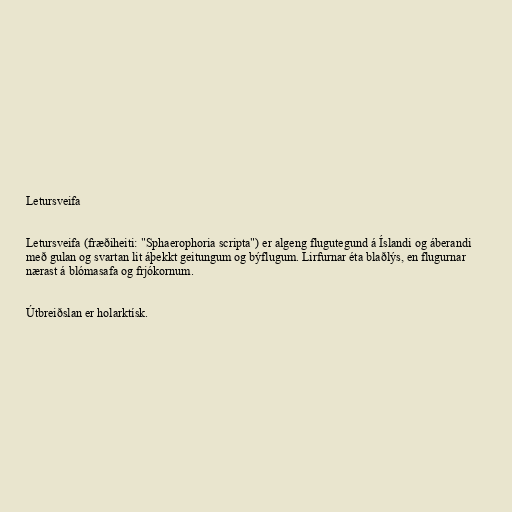
Letursveifa

Letursveifa (fræðiheiti: "Sphaerophoria scripta") er algeng flugutegund á Íslandi og áberandi
með gulan og svartan lit áþekkt geitungum og býflugum. Lirfurnar éta blaðlýs, en flugurnar
nærast á blómasafa og frjókornum.

Útbreiðslan er holarktísk.